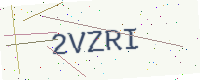
Text: 2VZRI